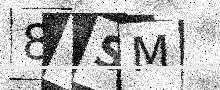
Text: 8YSM